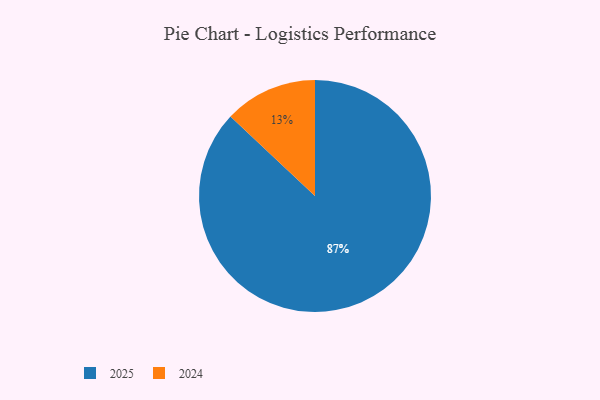
{"axis": {"x": "Category", "y": "Percentage"}, "legend": ["2024", "2025"], "data": [{"x": "2025", "y": 87, "type": "2025"}, {"x": "2024", "y": 13, "type": "2024"}]}